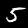
Digit: 5